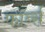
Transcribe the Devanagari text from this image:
फॉर्ब्स